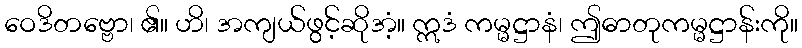
ဝေဒိတဗ္ဗော၊ ၏။ ဟိ၊ အကျယ်ဖွင့်ဆိုအံ့။ ဣဒံ ကမ္မဋ္ဌာနံ၊ ဤဓာတုကမ္မဋ္ဌာန်းကို။